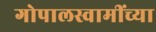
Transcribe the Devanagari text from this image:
गोपालस्वामींच्या